Scottish Leaving Certificate Examination, 1956
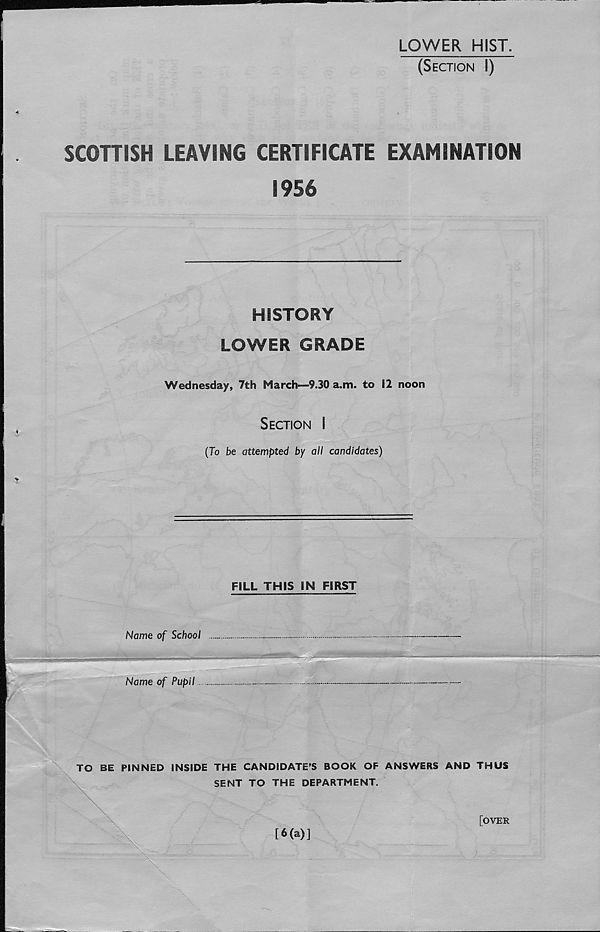
LOWER HIST.
(Section I)
SCOHISH LEAVING CERTIFICATE EXAMINATION
1956
HISTORY
LOWER GRADE
Wednesday, 7th March—9.30 a.m. to 12 noon
Section I
(To be attempted by all candidates)
FILL THIS IN FIRST
Name of School
Name of Pupil
TO BE PINNED INSIDE THE CANDIDATE’S BOOK OF ANSWERS AND THUS
SENT TO THE DEPARTMENT.
[6(a)]
[OVER